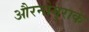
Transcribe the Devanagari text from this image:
औरनोमुराके